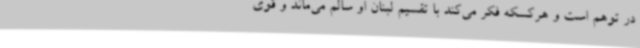
در توهم است و هرکسکه فکر می‌کند با تقسیم لبنان او سالم می‌ماند و قوی